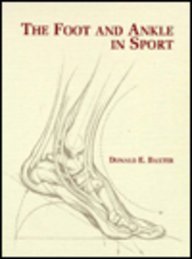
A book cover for The Foot And Ankle In Sport, 1e; Donald E. Baxter MD; Medical Books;